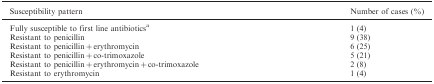
<table><thead><tr><td><b>Susceptibility pattern</b></td><td><b>Number of cases (%)</b></td></tr></thead><tbody><tr><td>Fully susceptible to first line antibiotics<sup>a</sup></td><td>1 (4)</td></tr><tr><td>Resistant to penicillin</td><td>9 (38)</td></tr><tr><td>Resistant to penicillin + erythromycin</td><td>6 (25)</td></tr><tr><td>Resistant to penicillin + co-trimoxazole</td><td>5 (21)</td></tr><tr><td>Resistant to penicillin + erythromycin + co-trimoxazole</td><td>2 (8)</td></tr><tr><td>Resistant to erythromycin</td><td>1 (4)</td></tr></tbody></table>